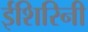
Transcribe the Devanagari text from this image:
ईशिरिनी